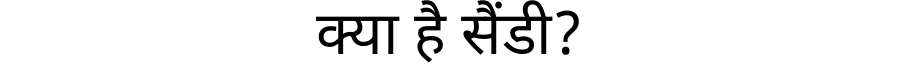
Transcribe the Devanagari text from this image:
क्या है सैंडी?